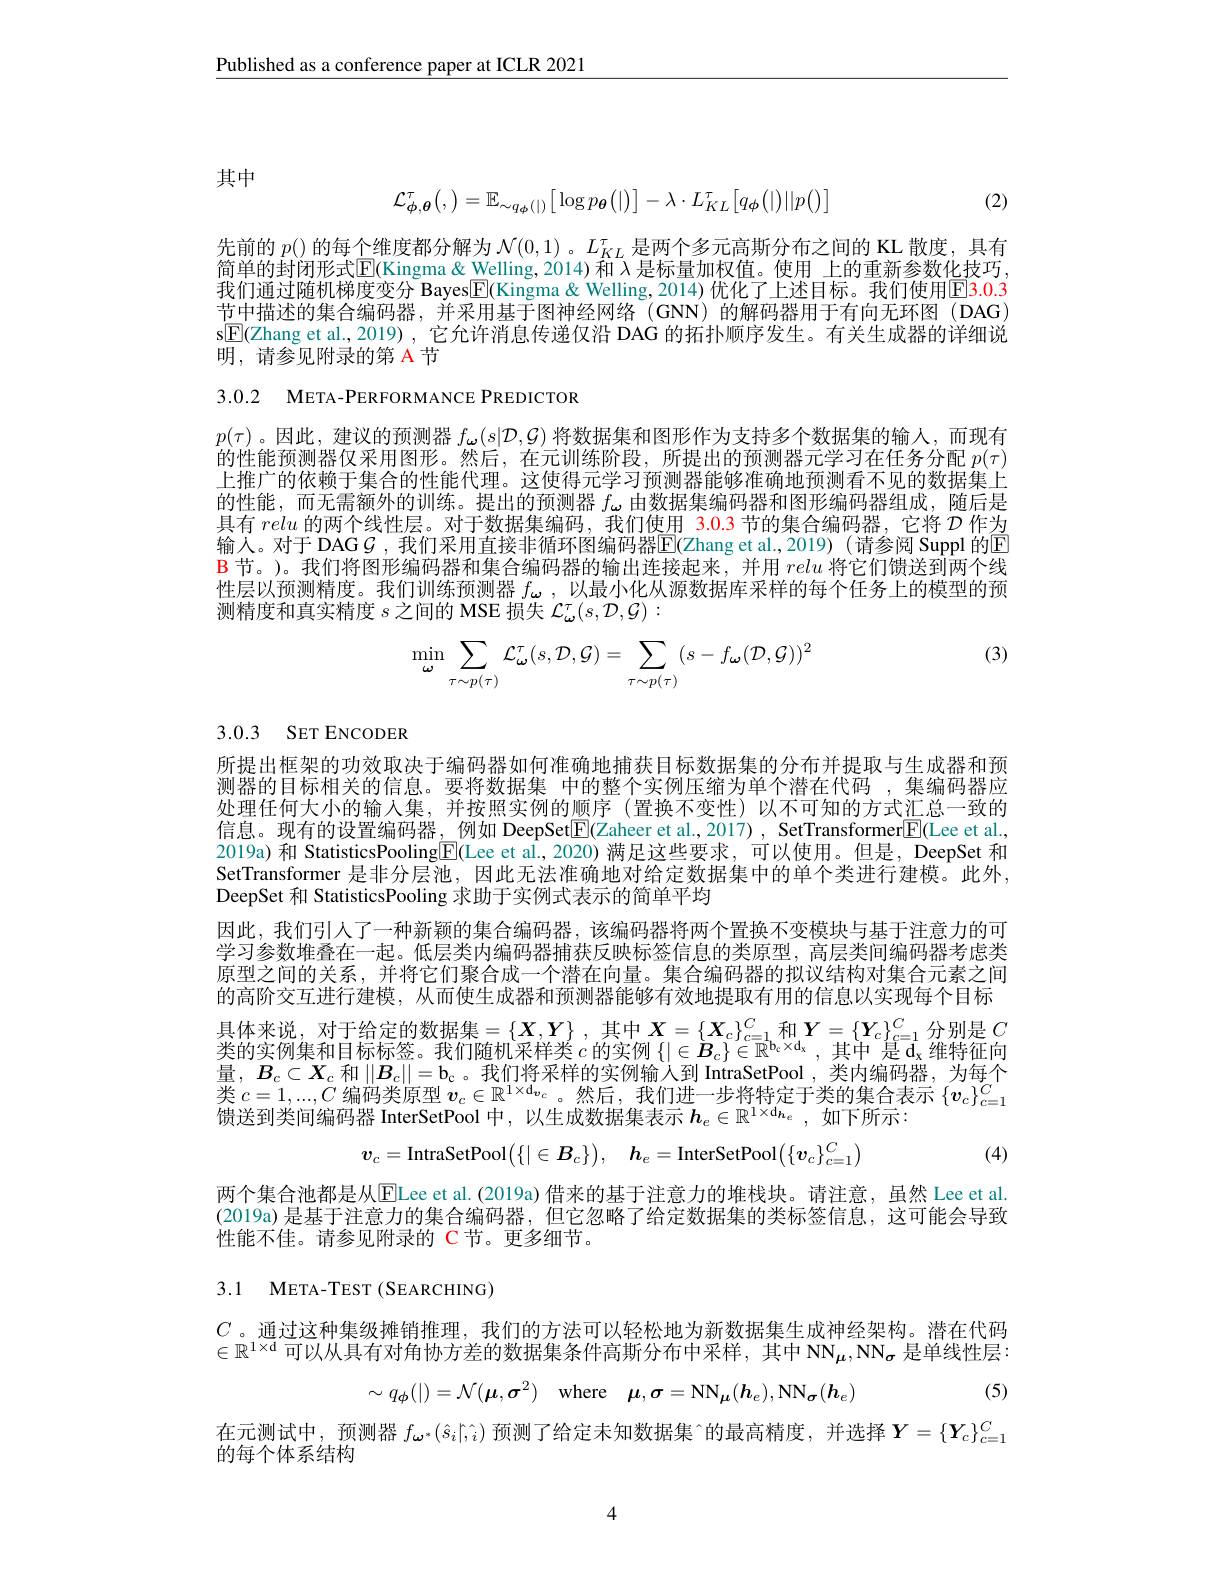
$\underline{\text{Published as a conference paper at ICLR 2021}}$

其中

(2)
$$\mathcal{L}_{\phi,\boldsymbol{\theta}}^{\tau}\bigl(,\bigr)=\mathbb{E}_{\sim q_{\boldsymbol{\phi}}(|)}\bigl[\log p_{\boldsymbol{\theta}}\bigl(|\bigr)\bigr]-\lambda\cdot L_{KL}^{\tau}\bigl[q_{\boldsymbol{\phi}}\bigl(|\bigr)||p\bigl(\bigr)\bigr]$$
先前的$p($)的每个维度都分解为$\mathcal{N}(0,1)$ 。$L_KL^\tau$是两个多元高斯分布之间的 KL 散度，具有简单的封闭形式$\mathbb{E}($Kingma& Welling, 2014) 和 $\lambda$ 是标量加权值。使用 上的重新参数化技巧， 我们通过随机梯度变分 Bayes$\boxed{\mathrm{F}}($Kingma & Welling, 2014) 优化了上述目标。我们使用$\color{red}{\mathrm{E}}\color{red}{\mathrm{E}}\color{red}{\mathrm{E}}^{\mathrm{G}}\color{red}{\mathrm{E}}^{\mathrm{G}}{\mathrm{G}}^{\mathrm{G}}$ 节中描述的集合编码器，并采用基于图神经网络 (GNN) 的解码器用于有向无环图 (DAG) s$\underline{\mathrm{E}}($Zhang et al., 2019) , 它允许消息传递仅沿 DAG 的拓扑顺序发生。有关生成器的详细说明，请参见附录的第 A 节

3.0.2 META-PERFORMANCE PREDICTOR

$p(\tau)$。因此，建议的预测器$f_\boldsymbol{\omega}(s|\mathcal{D},\mathcal{G})$将数据集和图形作为支持多个数据集的输人，而现有的性能预测器仅采用图形。然后，在元训练阶段，所提出的预测器元学习在任务分配$p(\tau)$ 上推广的依赖于集合的性能代理。这使得元学习预测器能够准确地预测看不见的数据集上的性能，而无需额外的训练。提出的预测器$f_\omega$由数据集编码器和图形编码器组成，随后是具有relu的两个线性层。对于数据集编码，我们使用 3.0.3 节的集合编码器，它将$\mathcal{D}$作为输入。对于 DAG $\mathcal{G}$ ,我们采用直接非循环图编码器$\mathbb{E}($Zhang et al.,2019)(请参阅 Suppl 的▣ $\color{red}{\mathbf{B}}$节。)。我们将图形编码器和集合编码器的输出连接起来，并用 relu 将它们馈送到两个线性层以预测精度。我们训练预测器$f_{\omega}$ ,以最小化从源数据库采样的每个任务上的模型的预测精度和真实精度$s$之间的 MSE 损失$\mathcal{L}_\omega^\tau(s,\mathcal{D},\mathcal{G}):$

(3)
$$\min\limits_{\boldsymbol{\omega}}\sum\limits_{\tau\sim p(\tau)}\mathcal{L}_{\boldsymbol{\omega}}^{\tau}(s,\mathcal{D},\mathcal{G})=\sum\limits_{\tau\sim p(\tau)}(s-f_{\boldsymbol{\omega}}(\mathcal{D},\mathcal{G}))^{2}$$
3.0.3 SET ENCODER

所提出框架的功效取决于编码器如何准确地捕获目标数据集的分布并提取与生成器和预测器的目标相关的信息。要将数据集 中的整个实例压缩为单个潜在代码 ,集编码器应处理任何大小的输入集，并按照实例的顺序(置换不变性)以不可知的方式汇总一致的信息。现有的设置编码器，例如 DeepSet$\boxed{\mathrm{F} }( \mathbb{Z}$aheer et al.,2017), SetTransformer$\boxed{\mathrm{F}}($Lee et al., 2019a) 和 StatisticsPooling$\boxed{\mathrm{E}}($Lee et al.,2020) 满足这些要求，可以使用。但是，DeepSet 和SetTransformer 是非分层池，因此无法准确地对给定数据集中的单个类进行建模。此外， DeepSet 和 StatisticsPooling 求助于实例式表示的简单平均
因此，我们引人了一种新颖的集合编码器，该编码器将两个置换不变模块与基于注意力的可学习参数堆叠在一起。低层类内编码器捕获反映标签信息的类原型，高层类间编码器考虑类原型之间的关系，并将它们聚合成一个潜在向量。集合编码器的拟议结构对集合元素之间的高阶交互进行建模，从而使生成器和预测器能够有效地提取有用的信息以实现每个目标具体来说，对于给定的数据集$=\left\{X,Y\right\}$,其中$X=\left\{X_c\right\}_{c=1}^C$和$Y=\left\{\boldsymbol{Y}_c\right\}_{c=1}^C$分别是$C$ 类的实例集和目标标签。我们随机采样类$c$的实例$\{|\in\boldsymbol{B}_c\}\in\mathbb{R}^{\mathbf{b}_c\times\mathbf{d}_x}$,其中 是$\mathrm d_x$维特征向量，$B_c\subset X_c$和$\|B_c\|=\mathrm{b}_{\mathrm{c}}$。我们将采样的实例输入到 IntraSetPool , 类内编码器，为每个类$c=1,...,C$编码类原型$v_c\in\mathbb{R}^{1\times\mathrm{d}_{v_c}}$。然后，我们进一步将特定于类的集合表示$\{v_c\}_c=1^C$ 馈送到类间编码器 InterSetPool 中，以生成数据集表示$h_e\in\mathbb{R}^{1\times\mathrm{d}_{\boldsymbol{h}_e}}$,如下所示：
$$\boldsymbol{v}_{c}=\mathrm{IntraSetPool}\big(\{|\in\boldsymbol{B}_{c}\}\big),\quad\boldsymbol{h}_{e}=\mathrm{InterSetPool}\big(\{\boldsymbol{v}_{c}\}_{c=1}^{C}\big)$$
(4)

两个集合池都是从$\boxed{\mathrm{ELee~et~al.~(2019a)}}$借来的基于注意力的堆栈块。请注意，虽然 Lee et al. (2019a)是基于注意力的集合编码器，但它忽略了给定数据集的类标签信息，这可能会导致性能不佳。请参见附录的 C节。更多细节。

3.1 $\mathbf{META- TEST}( \mathbf{SEARCHING})$

$C$ 。通过这种集级摊销推理，我们的方法可以轻松地为新数据集生成神经架构。潜在代码$\in\mathbb{R}^{1\times\mathrm{d}}$可以从具有对角协方差的数据集条件高斯分布中采样，其中 NN$_\mu,\mathrm{NN}_\sigma$是单线性层：

(5)
$$\sim q_{\boldsymbol{\phi}}(|)=\mathcal{N}(\boldsymbol{\mu},\boldsymbol{\sigma}^2)\quad\text{where}\quad\boldsymbol{\mu},\boldsymbol{\sigma}=\mathrm{NN}_{\boldsymbol{\mu}}(\boldsymbol{h}_e),\mathrm{NN}_{\boldsymbol{\sigma}}(\boldsymbol{h}_e)$$
在元测试中，预测器$f_{\boldsymbol{\omega}^*}(\hat{s}_i|\hat{,}_i)$预测了给定未知数据集[INDEX]的最高精度，并选择$\boldsymbol Y=\{\boldsymbol Y_c\}_{c=1}^C$
的每个体系结构

4